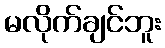
မလိုက်ချင်ဘူး